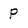
Character: p